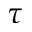
\tau